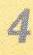
4